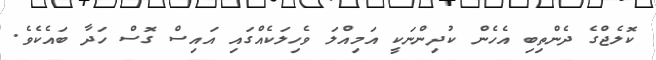
ކޮލެޖްގެ ދެންތިބި އެހެން ކުދިންނަކީ އަމިއްލަ ވެހިލަކެއްގައި އައިސް ގޮސް ހަދާ ބައެކެވެ.